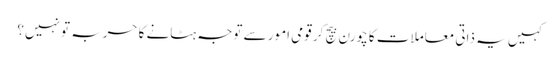
کہیں یہ ذاتی معاملات کا چورن بیچ کر قومی امور سے توجہ ہٹانے کا حربہ تو نہیں؟